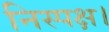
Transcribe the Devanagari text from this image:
निस्पक्ष।